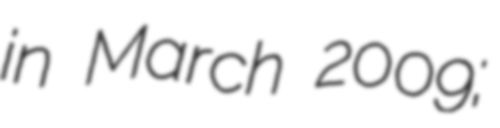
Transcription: in March 2009;